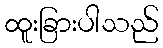
ထူးခြားပါသည်